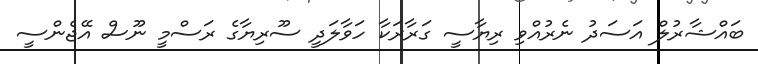
ބައްޝާރުލް އަސަދު ނެރުއްވި ރިޔާސީ ގަރާރަކާ ހަވާލަދީ ސޫރިޔާގެ ރަސްމީ ނޫސް އޭޖެންސީ